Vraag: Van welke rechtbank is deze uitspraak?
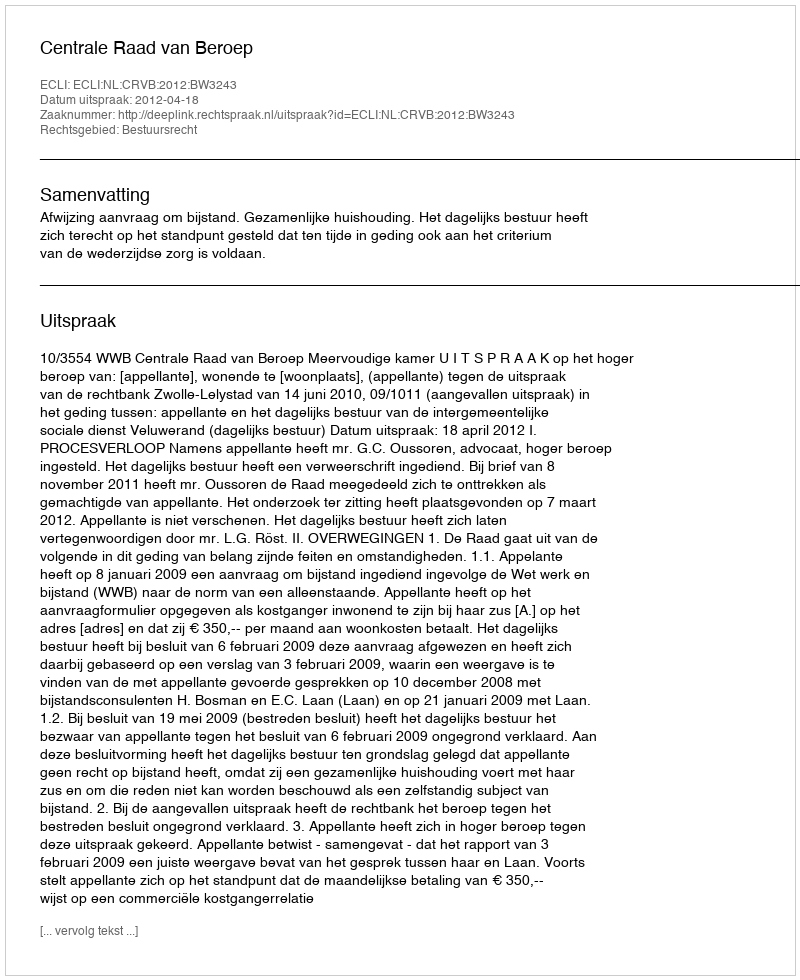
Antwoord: Centrale Raad van Beroep